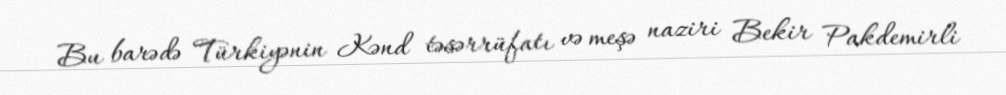
Bu barədə Türkiyənin Kənd təsərrüfatı və meşə naziri Bekir Pakdemirli